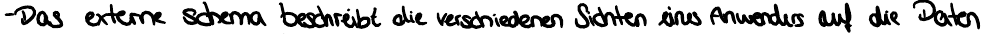
- Das externe Schema beschreibt die verschiedenen Sichten eines Anwenders auf die Daten